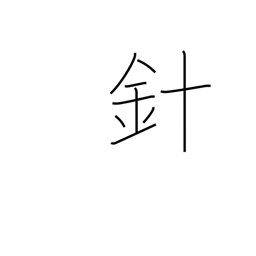
Meaning: stinger